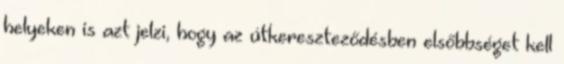
helyeken is azt jelzi, hogy az útkereszteződésben elsőbbséget kell